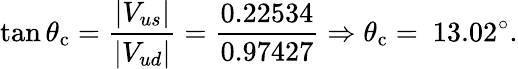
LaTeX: \tan\theta_{\mathrm{c}}={\frac{|V_{us}|}{|V_{ud}|}}={\frac{0.22534}{0.97427}}\Rightarrow\theta_{\mathrm{c}}=~13.02^{\circ}.